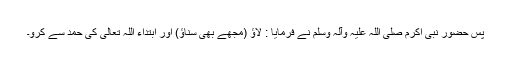
پس حضور نبی اکرم صلی اللہ علیہ وآلہ وسلم نے فرمایا : لاؤ (مجھے بھی سناؤ) اور ابتداء اللہ تعالیٰ کی حمد سے کرو۔